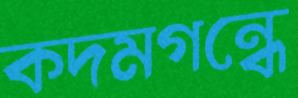
কদমগন্ধে